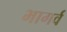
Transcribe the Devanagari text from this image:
भागर्व